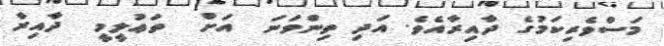
މަސްވެރިކަމުގެ ދާއިރާއެވެ. އަދި ތިންވަނަ  އަށް  ތަޢުލީމީ  ދާއިރާ